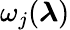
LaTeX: \omega_{j}({\boldsymbol\lambda})